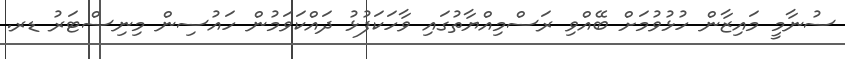
ސުނާމީ މައިޒާން ހުޅުވުމަށް ބޭއްވި ރަސްމިއްޔާތުގައި ވާހަކަފުޅު ދައްކަވަމުން ހައުސިން މިނިސްޓަރު ޑރ.